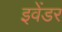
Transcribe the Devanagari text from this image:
इवेंडर